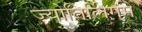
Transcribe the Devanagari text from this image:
ज्योतिर्लिगमें